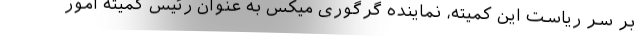
بر سر ریاست این کمیته، نماینده گرگوری میکس به عنوان رئیس کمیته امور